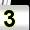
Digit: 3